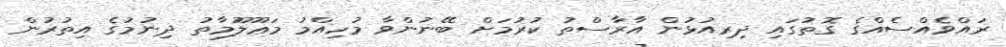
ރައްވެއްސެއްގެ ގޮތުގައި ދިރިއުޅުން އާރާސްތު ކުރުމަށް ބޭނުންވާ މުހިއްމު މަޢޫލޫމާތު ދިނުމުގެ އިތުރުން